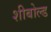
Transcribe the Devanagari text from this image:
शीबोल्ड